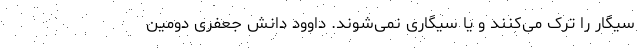
سیگار را ترک می‌کنند و یا سیگاری نمی‌شوند. داوود دانش جعفری دومین